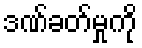
ဒဏ်ခတ်မှုကို